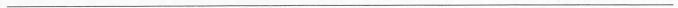
___